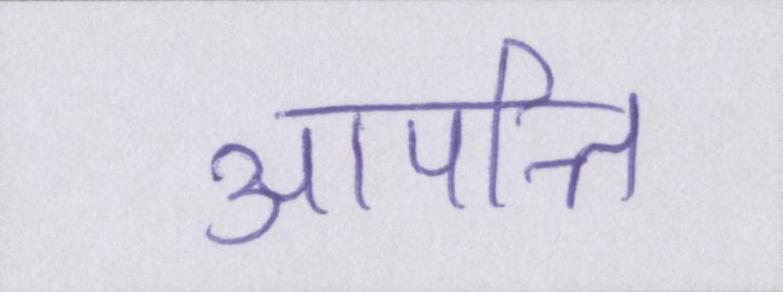
आपत्ति